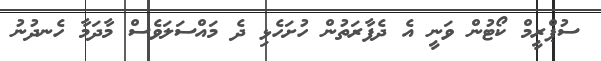
ސުޕްރީމް ކޯޓުން ވަނީ އެ ދެފާރަތުން ހުށަހެޅި ދެ މައްސަލަވެސް މާދަމާ ހެނދުނު